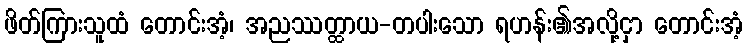
ဖိတ်ကြားသူထံ တောင်းအံ့၊ အညဿတ္ထာယ-တပါးသော ရဟန်း၏အလို့ငှာ တောင်းအံ့